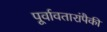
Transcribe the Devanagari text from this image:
पूर्वावतारांपैकी